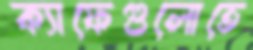
ক্যাফেগুলোতে